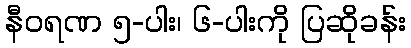
နီဝရဏ ၅-ပါး၊ ၆-ပါးကို ပြဆိုခန်း